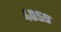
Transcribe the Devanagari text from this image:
४०५९